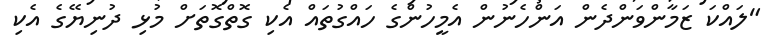
"ލައްކަ ޒަމާންވަންދެން އަންހެނުން އެމީހުންގެ ހައްގުތައް އެކި ގޮތްގޮތަށް މުޅި ދުނިޔޭގެ އެކި